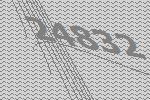
24832